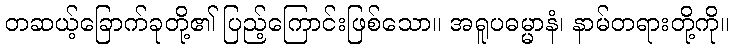
တဆယ့်ခြောက်ခုတို့၏ ပြည့်ကြောင်းဖြစ်သော။ အရူပဓမ္မာနံ၊ နာမ်တရားတို့ကို။